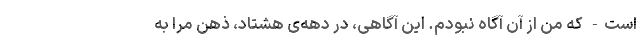
است- که من از آن آگاه نبودم. این آگاهی، در دهه‌ی هشتاد، ذهن مرا به